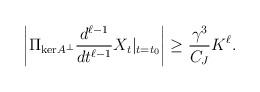
LaTeX: \begin{align*} \left|\Pi_{\mathrm{ker}A^\perp}\frac{d^{\ell-1}}{dt^{\ell-1}}X_t|_{t = t_0}\right| \ge \frac{\gamma^3}{C_J}K^\ell.\end{align*}